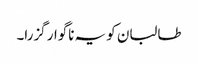
طالبان کو یہ ناگوار گزرا۔